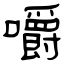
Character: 嚼